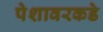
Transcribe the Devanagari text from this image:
पेशावरकडे